Report on horse surra - Volume II, Part II
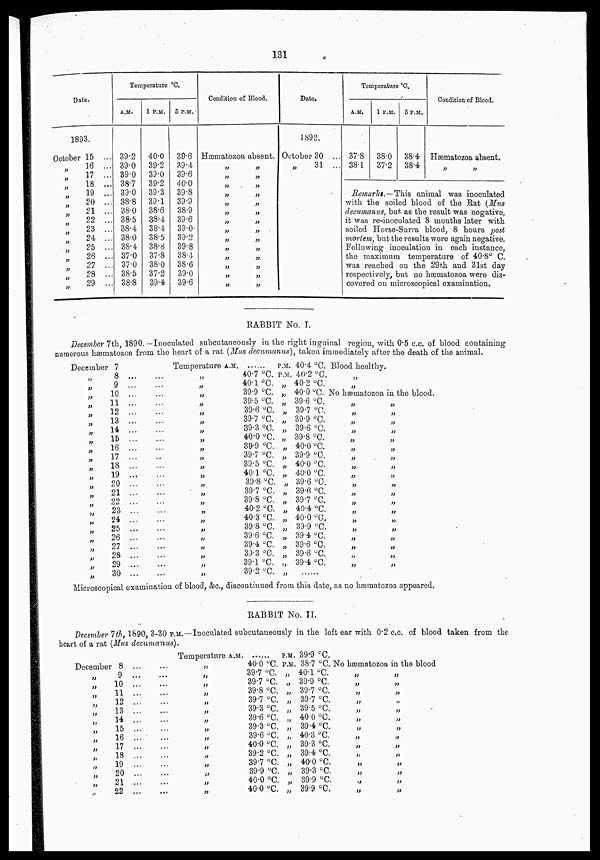
131
Date.
1893.
October
„
„
„
„
„
„
„
„
„
„
„
„
„
15 ...
16 ...
17 ...
18 ...
19 ...
20 ...
21 ...
22 ...
23 ...
24 ...
25 ...
26 ...
27 ...
28 ...
29 ...
Temperature °C.
A.M.
39.2
39.0
39.0
38.7
39.0
38.8
38.0
38.5
38.4
38.0
38.4
37.0
37.0
38.5
38.8
1 P.M.
40.0
39.2
39.0
39.2
39.3
39.1
38.6
38.4
38.4
38.5
38.8
37.8
38.0
37.2
39.4
5 P.M.
39.6
39.4
39.6
40.0
39.8
39.9
38.9
39.6
39.0
39.2
39.8
38.4
38.6
39.0
39.6
Condition of Blood.
Hæmatozoa absent.
„
„
„
„
„
„
„
„
„
„
„
„
„
„
„
„
„
„
„
„
„
„
„
„
„
„
„
„
Date.
1893.
October 30 ...
„
31 ...
Temperature °C.
A.M.
37.8
38.1
1 P.M.
38.0
37.2
5 P.M.
38.4
38.4
Condition of Blood.
Hæmatozoa absent.
„ „
Remarks.—This animal was inoculated
with the soiled blood of the Rat (Mus¬
decumanus, but as the result was negative,
it was re-inoculated 8 months later with
soiled Horse-Surra blood, 8 hours post
mortem, but the results were again negative.
Following inoculation in each instance,
the maximum temperature of 40.8° C.
was reached on the 29th and 31st day
respectively, but no hæmatozoa were dis-
covered on microscopical examination.
RABBIT No. I.
December 7th, 1890. —Inoculated subcutaneously in the right inguinal region, with 0.5 c.c. of blood containing
numerous hæmatozoa from the heart of a rat (Mus decumanus), taken immediately after the death of the animal.
December
„
„
„
„
„
„
„
„
„
„
„
„
„
„
„
„
„
„
„
„
„
„
„
7
8
9
10
11
12
13
14
15
16
17
18
19
20
21
22
23
24
25
26
27
28
29
30
...
...
...
...
...
...
...
...
...
...
...
...
...
...
...
...
...
...
...
...
...
...
...
...
...
...
...
...
...
...
...
...
...
...
..
...
...
...
...
...
...
...
...
...
...
...
...
...
Temperature A.M.
„
„
„
„
„
„
„
„
„
„
„
„
„
„
„
„
„
„
„
„
„
„
„
40.7 °C.
40.1 °C.
39.9 °C.
39.5 °C.
39.6 °C.
39.7 °C.
39.3 °C.
40.0 °C.
39.9 °C.
39.7 °C.
39.5 °C.
40.1 °C.
39.8 °C.
39.7 °C.
39.8 °C.
40.2 °C.
40.3 °C.
39.8 °C.
39.6 °C.
39.4 °C.
39.3 °C.
39.1 °C.
39.2 °C.
P.M.
P.M
„
„
„
„
„
„
„
„
„
„
„
„
„
„
„
„
„
„
„
„
„
„
40.4 °C.
40.2 °C.
40.2 °C.
40.0 °C.
39.6 °C.
39.7 °C.
39.9 °C.
39.6 °C.
39.8 °C.
40.0 °C.
39.9 °C.
40.0 °C.
40.0 °C.
39.6 °C.
39.6 °C.
39.7 °C.
40.4 °C.
40.0 °C.
39.9 °C.
39.4 °C.
39.6 °C.
39.6 °C.
39.4 °C.
......
Blood healthy.
„
„
„
„
No hæmatozoa in the blood.
„
„
„
„
„
„
„
„
„
„
„
„
„
„
„
„
„
„
„
„
„
„
„
„
„
„
„
„
„
„
„
„
„
„
„
„
„
„
„
„
Microscopical examination of blood, &c., discontinued from this date, as no hæmatozoa appeared.
RABBIT No. II.
December 7th, 1890 3-30 P.M.—Inoculated subcutaneously in the left ear with 0.2 c.c. of blood taken from the
heart of a rat (Mus decumanus).
December
„
„
„
„
„
„
„
„
„
„
„
„
„
8
9
10
11
12
13
14
15
16
17
18
19
20
21
22
...
...
...
...
...
...
...
...
...
...
...
...
...
...
...
...
...
...
...
...
...
...
...
...
...
...
...
...
...
...
Temperature A.M.
„
„
„
„
„
„
„
„
„
„
„
„
„
„
„
......
40.0 °C.
39.7 °C.
39.7 °C.
39.8 °C.
39.7 °C.
39.3 °C.
39.6 °C.
39.3 °C.
39.6 °C.
40.0 °C.
39.2 °C.
39.7 °C.
39.9 °C.
40.0 °C.
40.0 °C.
P.M.
P.M.
„
„
„
„
„
„
„
„
„
„
„
„
„
„
39.9 °C.
38.7 °C.
40.1 °C.
39.9 °C.
39.7 °C.
39.7 °C.
39.5 °C.
40.0 °C.
39.4 °C.
40.3 °C.
39.3 °C.
39.4 °C.
40.0 °C.
39.3 °C.
39.9 °C.
39.9 °C.
No hæmatozoa in the blood
„
„
„
„
„
„
„
„
„
„
„
„
„
„
„
„
„
„
„
„
„
„
„
„
„
„
„
„